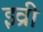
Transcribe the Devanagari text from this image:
इव्री